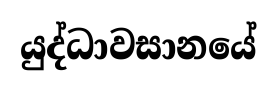
යුද්ධාවසානයේ